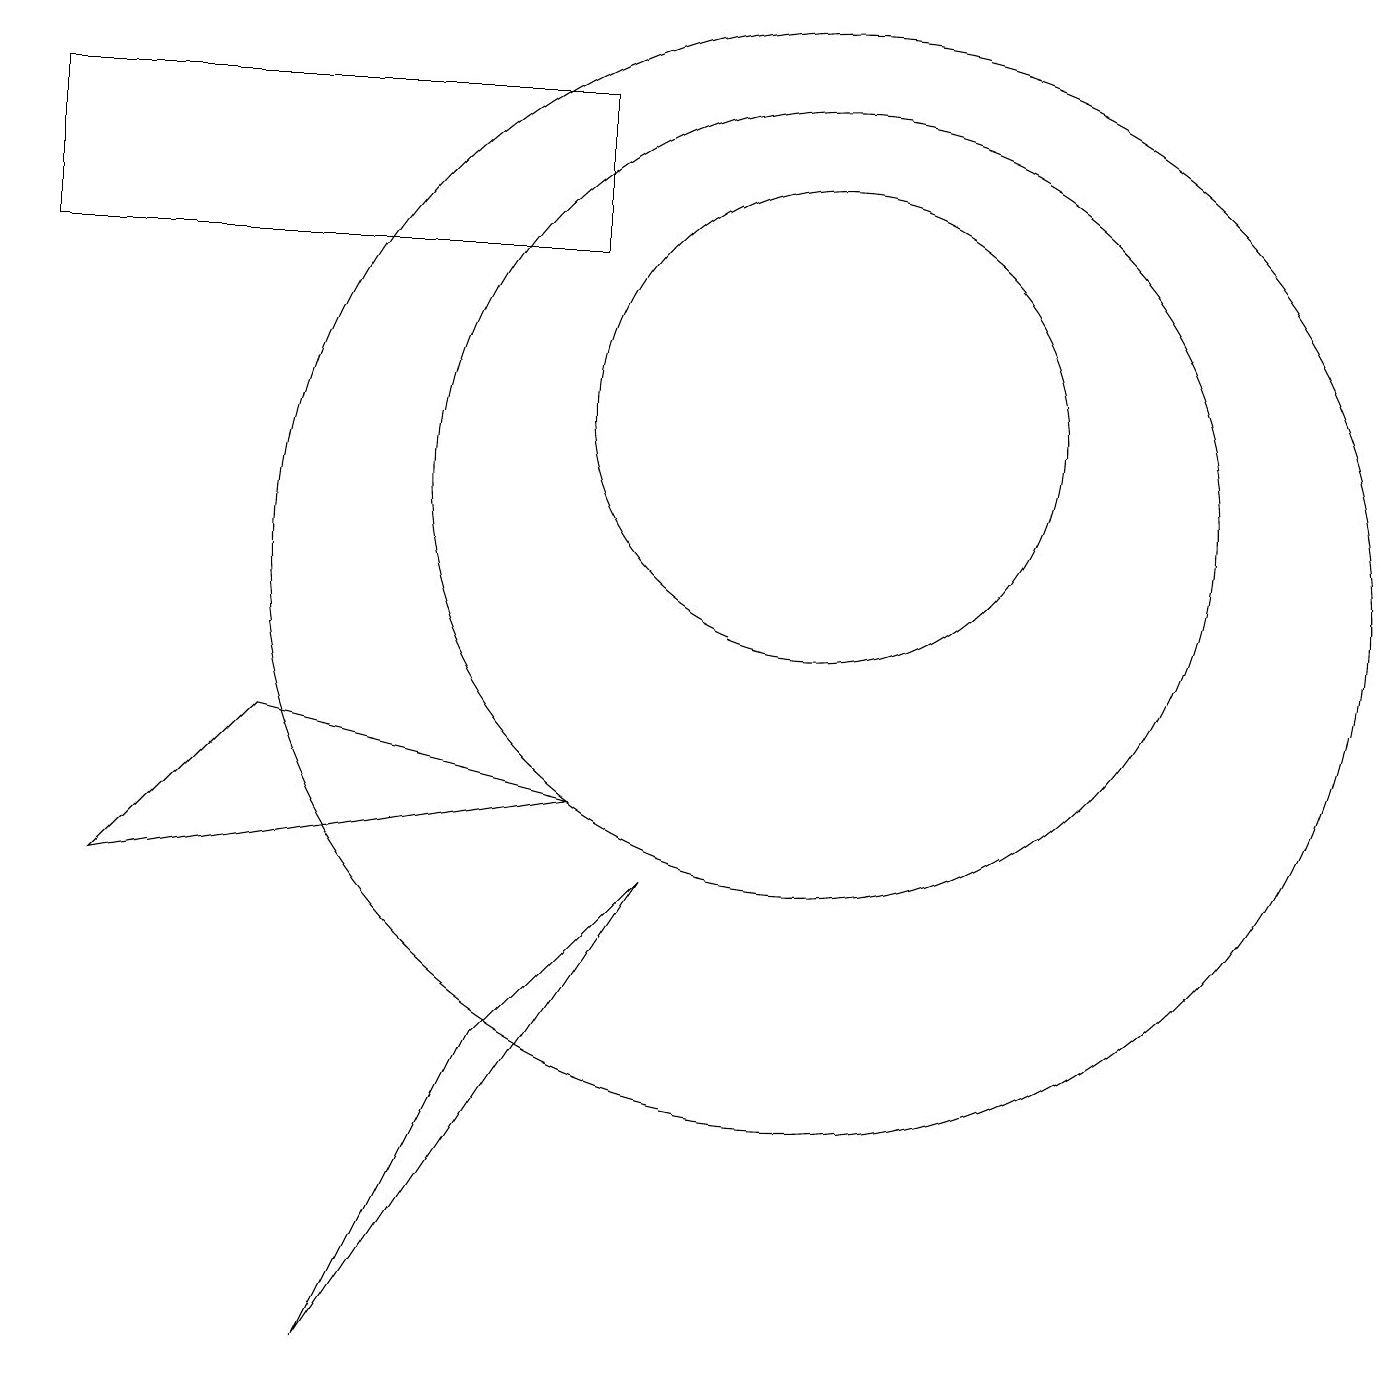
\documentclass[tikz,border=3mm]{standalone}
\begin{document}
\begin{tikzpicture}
\draw (4,8) -- (8,7) -- (2,6) -- cycle;
\draw (9,6) -- (5,0) -- (7,4) -- cycle;
\draw (11,12) circle (3);
\draw (11,10) circle (7);
\draw (11,11) circle (5);
\draw (8,14) rectangle (1,16);
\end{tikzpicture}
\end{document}